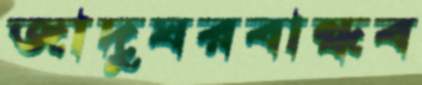
জাদুঘরবান্ধব